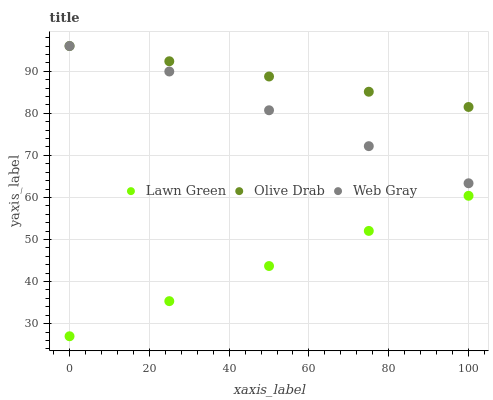
| xaxis_label | Lawn Green | Olive Drab | Web Gray |
 | --- | --- | --- | --- |
 | 0 | 27 | 96 | 96 |
 | 25 | 35.3 | 92.4 | 89.9 |
 | 50 | 43.7 | 88.8 | 80.7 |
 | 75 | 52 | 85.1 | 72.2 |
 | 100 | 60.4 | 81.5 | 63.4 |